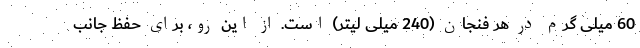
60 میلی گرم در هر فنجان (240 میلی لیتر) است. از این رو، برای حفظ جانب